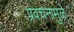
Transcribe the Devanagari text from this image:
प्रवचनामुळे